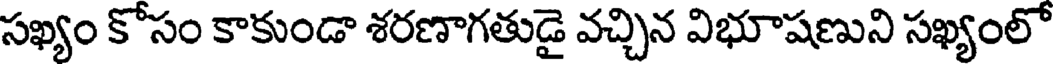
సఖ్యం కోసం కాకుండా శరణాగతుడై వచ్చిన విభూషణుని సఖ్యంలో